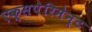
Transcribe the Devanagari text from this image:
एक्सपेरिमेन्ट